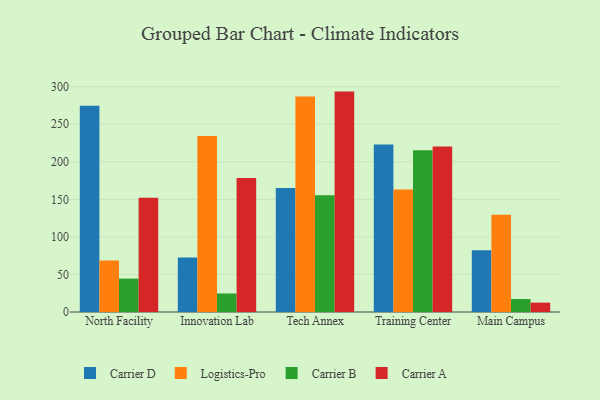
{"axis": {"x": "Campus", "y": "Backlog"}, "legend": ["Carrier A", "Carrier B", "Carrier D", "Logistics-Pro"], "data": [{"x": "North Facility", "y": 274.6, "type": "Carrier D"}, {"x": "North Facility", "y": 68.5, "type": "Logistics-Pro"}, {"x": "North Facility", "y": 44.5, "type": "Carrier B"}, {"x": "North Facility", "y": 152.2, "type": "Carrier A"}, {"x": "Innovation Lab", "y": 72.7, "type": "Carrier D"}, {"x": "Innovation Lab", "y": 234.5, "type": "Logistics-Pro"}, {"x": "Innovation Lab", "y": 24.7, "type": "Carrier B"}, {"x": "Innovation Lab", "y": 178.4, "type": "Carrier A"}, {"x": "Tech Annex", "y": 165.0, "type": "Carrier D"}, {"x": "Tech Annex", "y": 286.9, "type": "Logistics-Pro"}, {"x": "Tech Annex", "y": 155.5, "type": "Carrier B"}, {"x": "Tech Annex", "y": 293.5, "type": "Carrier A"}, {"x": "Training Center", "y": 223.1, "type": "Carrier D"}, {"x": "Training Center", "y": 163.1, "type": "Logistics-Pro"}, {"x": "Training Center", "y": 215.3, "type": "Carrier B"}, {"x": "Training Center", "y": 220.4, "type": "Carrier A"}, {"x": "Main Campus", "y": 82.1, "type": "Carrier D"}, {"x": "Main Campus", "y": 129.4, "type": "Logistics-Pro"}, {"x": "Main Campus", "y": 17.3, "type": "Carrier B"}, {"x": "Main Campus", "y": 12.5, "type": "Carrier A"}]}